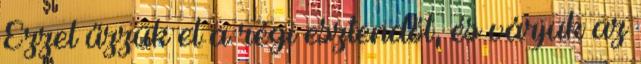
Ezzel űzzük el a régi esztendőt, és várjuk az